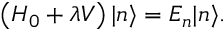
\left( H _ { 0 } + \lambda V \right) | n \rangle = E _ { n } | n \rangle .